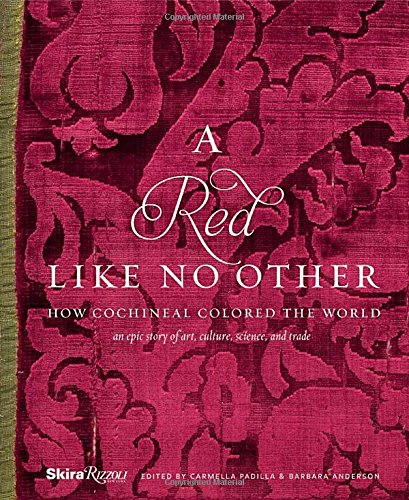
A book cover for A Red Like No Other: How Cochineal Colored the World; Arts & Photography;